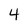
Character: 4